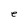
Character: e